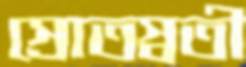
স্রোতস্বতী